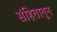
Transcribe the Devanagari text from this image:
संहितातून